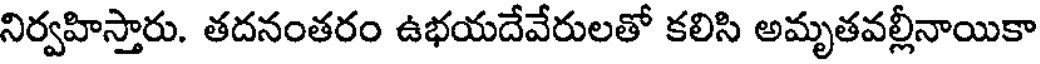
నిర్వహిస్తారు. తదనంతరం ఉభయదేవేరులతో కలిసి అమృతవల్లీనాయికా